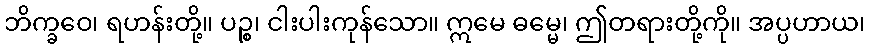
ဘိက္ခဝေ၊ ရဟန်းတို့။ ပဉ္စ၊ ငါးပါးကုန်သော။ ဣမေ ဓမ္မေ၊ ဤတရားတို့ကို။ အပ္ပဟာယ၊